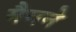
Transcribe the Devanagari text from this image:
मैगने